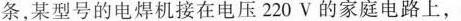
条，某型号的电焊机接在电压220V的家庭电路上，